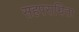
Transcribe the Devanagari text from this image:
सहपराधिता